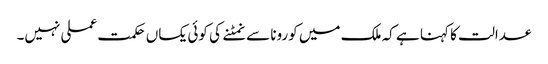
عدالت کا کہنا ہے کہ ملک میں کورونا سے نمٹنے کی کوئی یکساں حکمت عملی نہیں۔